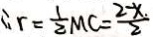
\therefore r = \frac { 1 } { 2 } M C = \frac { 2 - x . } { 2 }